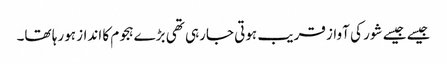
جیسے جیسے شور کی آواز قریب ہوتی جارہی تھی بڑےہجوم کا انداز ہورہا تھا۔